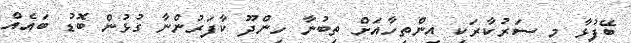
ބޭފުޅާ މި ސަރުކާރަކީ އިންތިހާއަށް ތިބުނާ ހިންދޫ ކާފަރުންނާ ގުޅުން ބޮޑު ބައެއް